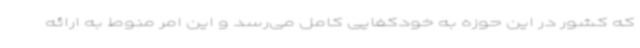
که کشور در این حوزه به خودکفایی کامل می‌رسد و این امر منوط به ارائه